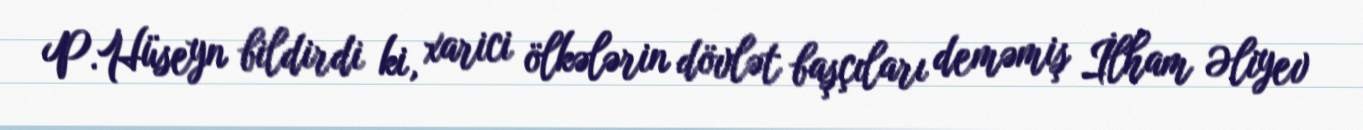
P.Hüseyn bildirdi ki, xarici ölkələrin dövlət başçıları deməmiş İlham Əliyev